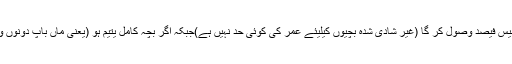
ہر وہ یتیم جسکی عمر اکیس سال سے کم ہو وہ کلی معذوری کی پنشن کا بیس فیصد وصول کر گا (غیر شادی شدہ بچیوں کیلیئے عمر کی کوئی حد نہیں ہے)جبکہ اگر بچہ کامل یتیم ہو (یعنی ماں باپ دونوں وفات پا چکے ہوں) تو پنشن کی شرح کلی معذوری کا چالیس فیصد ہو گی۔